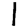
Digit: 1